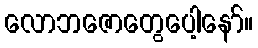
လောဘဇောတွေပေါ့နော်။